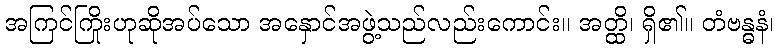
အကြင်ကြိုးဟုဆိုအပ်သော အနှောင်အဖွဲ့သည်လည်းကောင်း။ အတ္ထိ၊ ရှိ၏။ တံဗန္ဓနံ၊